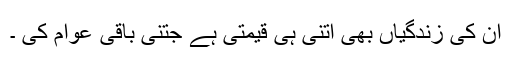
ان کی زندگیاں بھی اُتنی ہی قیمتی ہے جتنی باقی عوام کی ۔